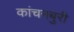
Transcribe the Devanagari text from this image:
कांचनबुरी